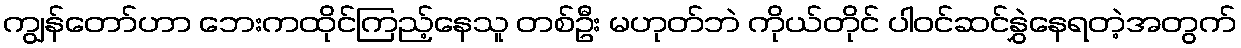
ကျွန်တော်ဟာ ဘေးကထိုင်ကြည့်နေသူ တစ်ဦး မဟုတ်ဘဲ ကိုယ်တိုင် ပါဝင်ဆင်နွှဲနေရတဲ့အတွက်